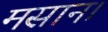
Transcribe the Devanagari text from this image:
मसान।